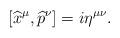
LaTeX: \begin{align*}[\widehat{x}^{\mu},\widehat{p}^{\nu}]=i\eta^{\mu\nu}. \end{align*}